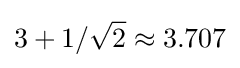
3+1/{\sqrt {2}}\approx 3.707